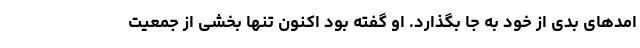
امدهای بدی از خود به جا بگذارد. او گفته بود اکنون تنها بخشی از جمعیت